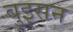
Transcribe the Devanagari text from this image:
बुइसन